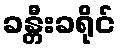
ခန္တီးခရိုင်